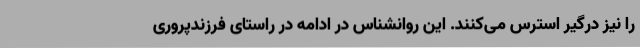
را نیز درگیر استرس می‌کنند. این روانشناس در ادامه در راستای فرزندپروری